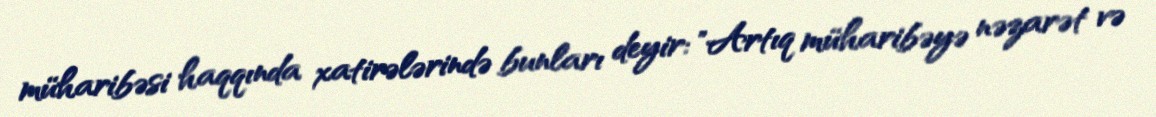
müharibəsi haqqında xatirələrində bunları deyir: "Artıq müharibəyə nəzarət və